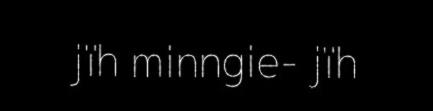
jïh minngie- jïh